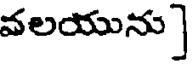
వలయును]